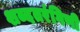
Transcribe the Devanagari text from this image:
शब्दतरंगिणी